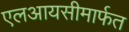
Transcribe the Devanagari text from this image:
एलआयसीमार्फत